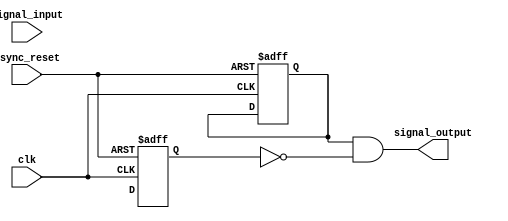
module rising_edge_detector
	(
		input async_reset,
		input clk,
		input signal_input,
		output reg signal_output
	);
	
	reg ff1_reg, ff1_next;
	reg ff2_reg, ff2_next;
	
	always @(negedge async_reset, posedge clk) begin
		if (!async_reset) begin
			ff1_reg <= 1'b0;
			ff2_reg <= 1'b0;
		end else begin
			ff1_reg <= ff1_next;
			ff2_reg <= ff2_next;
		end
	end
	
	always @(*) begin
		ff1_next <= signal_input;
		ff1_next <= ff1_reg;
	end
	
	always @(*) begin
		signal_output <= ff1_reg & ~ff2_reg;
	end
	
endmodule